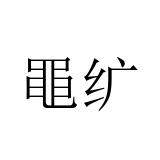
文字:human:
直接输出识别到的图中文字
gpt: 黽纩